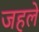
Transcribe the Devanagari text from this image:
जहले